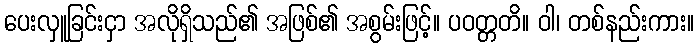
ပေးလှူခြင်းငှာ အလိုရှိသည်၏ အဖြစ်၏ အစွမ်းဖြင့်။ ပဝတ္တတိ။ ဝါ၊ တစ်နည်းကား။